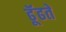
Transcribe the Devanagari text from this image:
ढूॅढते